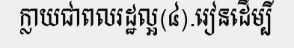
ក្លាយជាពលរដ្ឋល្អ(៤).រៀនដើម្បី